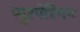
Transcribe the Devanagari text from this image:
प्युरपेरियम